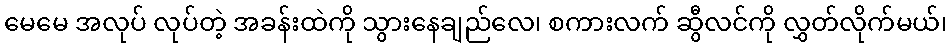
မေမေ အလုပ် လုပ်တဲ့ အခန်းထဲကို သွားနေချည်လေ၊ စကားလက် ဆွီလင်ကို လွှတ်လိုက်မယ်၊